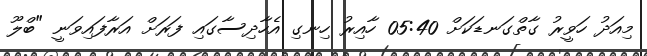
މިއަދު ހަވީރު ގާތްގަނޑަކަށް 05:40 ހާއިރު ހިނގި އެހާދިސާގައި ފަރަށް އަރާފައިވަނީ "ބްލޫ